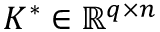
K ^ { * } \in \mathbb { R } ^ { q \times n }